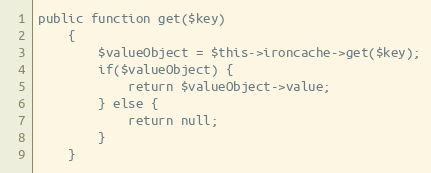
Language: PHP
public function get($key)
    {
        $valueObject = $this->ironcache->get($key);
        if($valueObject) {
            return $valueObject->value;
        } else {
            return null;
        }
    }